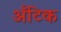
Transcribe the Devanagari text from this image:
अँटिक